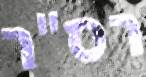
רס"ר